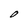
Character: O